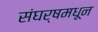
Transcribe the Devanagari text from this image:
संघर्षमधून